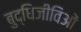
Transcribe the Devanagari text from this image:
बुद्धिजीविओं